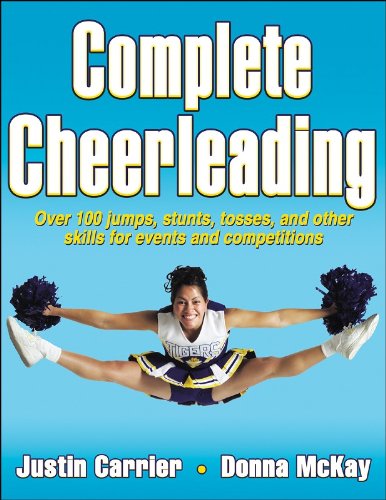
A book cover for Complete Cheerleading; Justin Carrier; Sports & Outdoors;